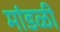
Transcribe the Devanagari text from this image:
मांडळी